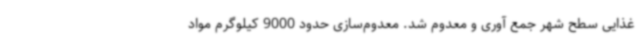
غذایی سطح شهر جمع آوری و معدوم شد. معدوم‌سازی حدود 9000 کیلوگرم مواد